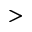
>